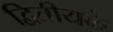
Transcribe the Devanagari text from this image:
द्वितीयके